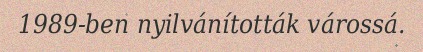
1989-ben nyilvánították várossá.